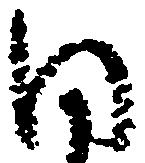
同